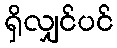
ရှိလျှင်ပင်